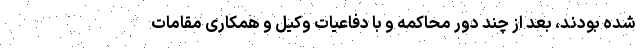
شده بودند، بعد از چند دور محاکمه و با دفاعیات وکیل و همکاری مقامات